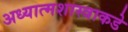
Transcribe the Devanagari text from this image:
अध्यात्मशास्त्राकडे